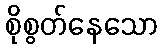
စိုစွတ်နေသော